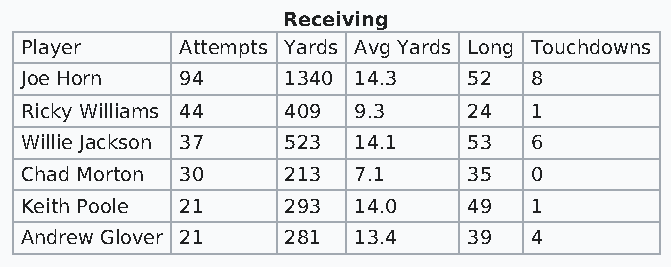
Receiving
 Player     Attempts Yards Avg Yards Long Touchdowns
 Joe Horn   94     1340 14.3   52  8
 Ricky Williams 44 409 9.3     24  1
 Willie Jackson 37 523 14.1    53  6
 Chad Morton 30    213 7.1     35  0
 Keith Poole 21    293 14.0    49  1
 Andrew Glover 21  281 13.4    39  4